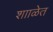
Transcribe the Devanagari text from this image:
शााळेत